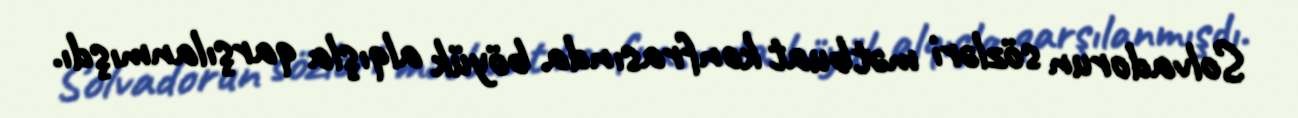
Solvadorun sözləri mətbuat konfrasında böyük alqışla qarşılanmışdı.